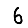
Digit: 6